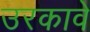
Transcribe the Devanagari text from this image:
उरकावे